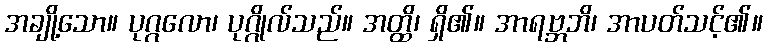
အချို့သော။ ပုဂ္ဂလော၊ ပုဂ္ဂိုလ်သည်။ အတ္ထိ၊ ရှိ၏။ အာရဗ္ဘဘိ၊ အာပတ်သင့်၏။